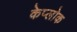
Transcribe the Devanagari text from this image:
केप्लोक